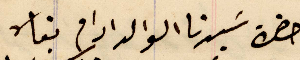
حضرة سيدنا الوالد ادام بقاه